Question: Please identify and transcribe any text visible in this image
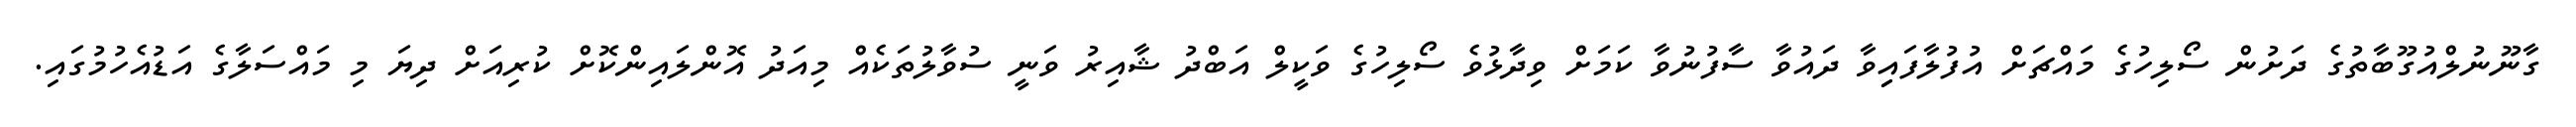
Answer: ގާނޫނުލްއުގޫބާތުގެ ދަށުން ސޯލިހުގެ މައްޗަށް އުފުލާފައިިވާ ދައުވާ ސާފުނުވާ ކަމަށް ވިދާޅުވެ ސޯލިހުގެ ވަކީލް އަބްދު ޝާއިރު ވަނީ ސުވާލުތަކެއް މިއަދު އޮންލައިންކޮށް ކުރިއަށް ދިޔަ މި މައްސަލާގެ އަޑުއެހުމުގައި.